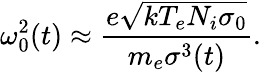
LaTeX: \omega_{0}^{2}(t)\approx\frac{e\sqrt{kT_{e}N_{i}\sigma_{0}}}{m_{e}\sigma^{3}(t)}.